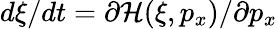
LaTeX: d\xi/dt=\partial\mathcal{H}(\xi,p_{x})/\partial p_{x}